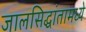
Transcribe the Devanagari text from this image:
जालसिद्धांतामध्ये